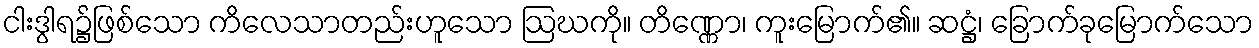
ငါးဒွါရ၌ဖြစ်သော ကိလေသာတည်းဟူသော ဩဃကို။ တိဏ္ဏော၊ ကူးမြောက်၏။ ဆဋ္ဌံ၊ ခြောက်ခုမြောက်သော